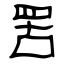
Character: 罟